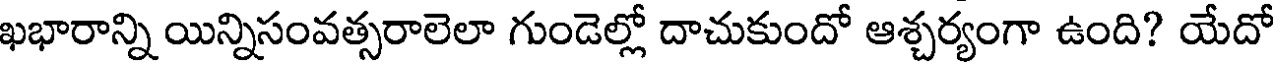
ఖభారాన్ని యిన్నిసంవత్సరాలెలా గుండెల్లో దాచుకుందో ఆశ్చర్యంగా ఉంది? యేదో